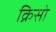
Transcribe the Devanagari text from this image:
क्रिसो